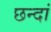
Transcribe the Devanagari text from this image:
छन्दां